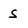
Character: S